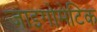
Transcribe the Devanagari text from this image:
जाइगोमेटिक